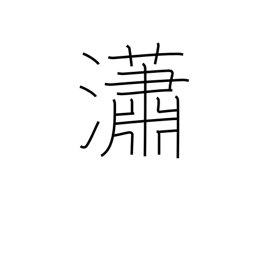
Meaning: pure